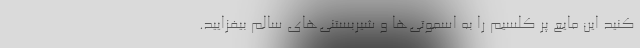
کنید این مایع پر کلسیم را به اسموتی‌ها و شیربستنی‌های سالم بیفزایید.